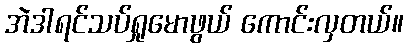
အဲဒါရင်သပ်ရှုမောဖွယ် ကောင်းလှတယ်။